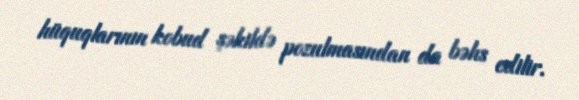
hüquqlarının kobud şəkildə pozulmasından da bəhs edilir.